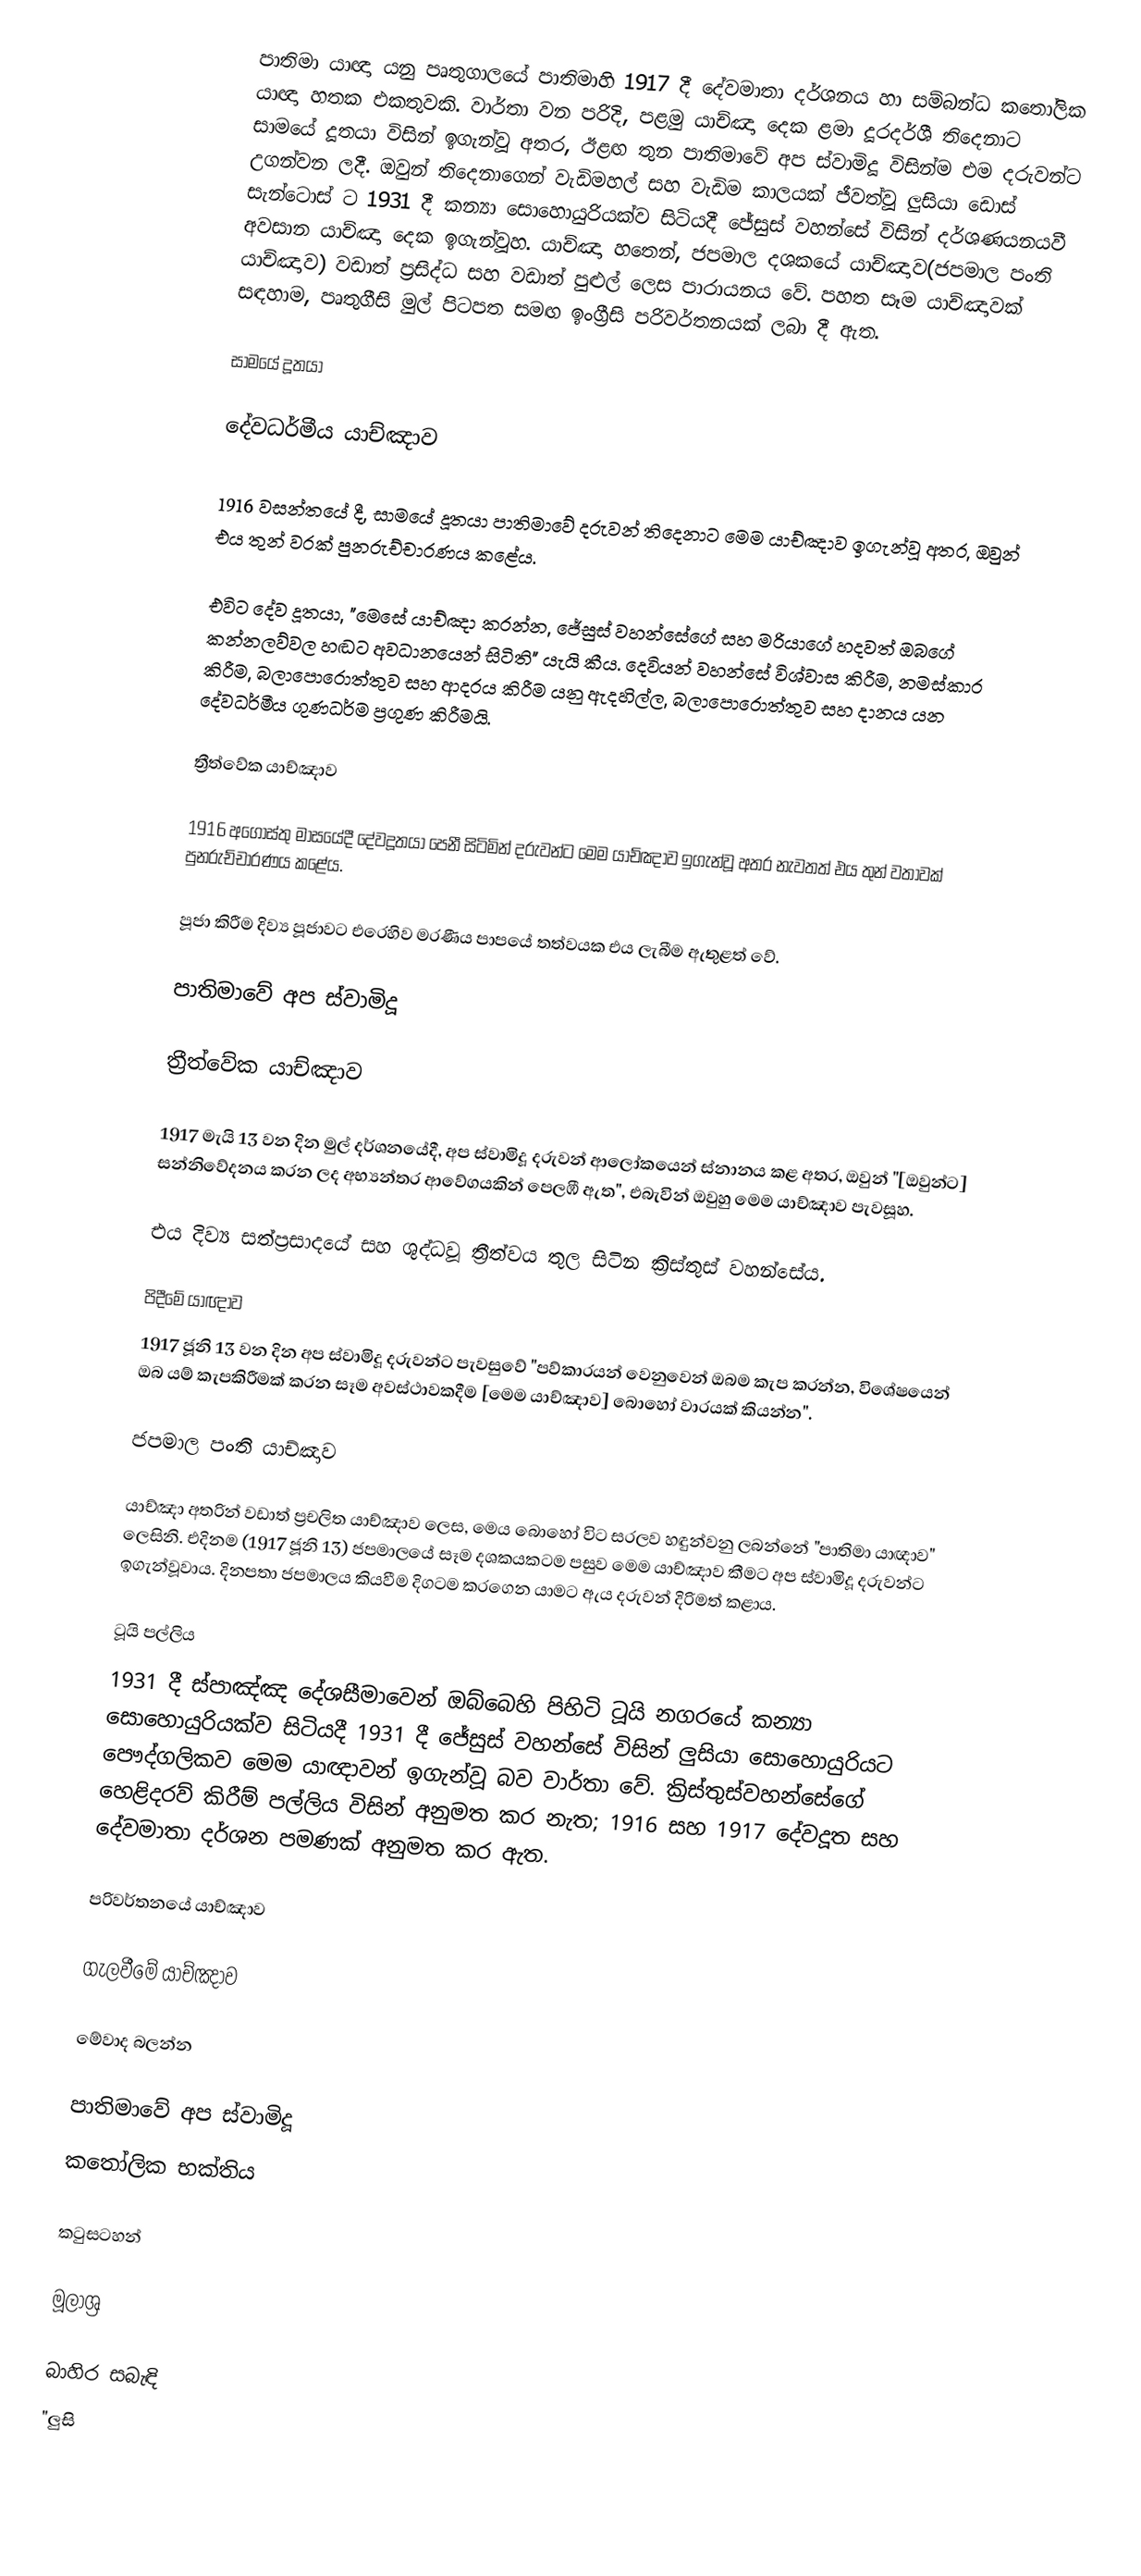
පාතිමා යාඥා යනු පෘතුගාලයේ පාතිමාහි 1917 දී දේවමාතා දර්ශනය හා සම්බන්ධ කතෝලික යාඥා හතක එකතුවකි. වාර්තා වන පරිදි, පළමු යාච්ඤා දෙක ළමා දූරදර්ශී තිදෙනාට සාමයේ දූතයා විසින් ඉගැන්වූ අතර, ඊළඟ තුන පාතිමාවේ අප ස්වාමිදූ විසින්ම එම දරුවන්ට උගන්වන ලදී. ඔවුන් තිදෙනාගෙන් වැඩිමහල් සහ වැඩිම කාලයක් ජීවත්වූ ලුසියා ඩොස් සැන්ටොස් ට 1931 දී කන්‍යා සොහොයුරියක්ව සිටියදී ජේසුස් වහන්සේ විසින් දර්ශණයනයවී අවසාන යාච්ඤා දෙක ඉගැන්වූහ. යාච්ඤා හතෙන්, ජපමාල දශකයේ යාච්ඤාව(ජපමාල පංති යාච්ඤාව) වඩාත් ප්‍රසිද්ධ සහ වඩාත් පුළුල් ලෙස පාරායනය වේ. පහත සෑම යාච්ඤාවක් සඳහාම, පෘතුගීසි මුල් පිටපත සමඟ ඉංග්‍රීසි පරිවර්තනයක් ලබා දී ඇත.

සාමයේ දූතයා

දේවධර්මීය යාච්ඤාව

1916 වසන්තයේ දී, සාමයේ දූතයා පාතිමාවේ දරුවන් තිදෙනාට මෙම යාච්ඤාව ඉගැන්වූ අතර, ඔවුන් එය තුන් වරක් පුනරුච්චාරණය කළේය.

එවිට දේව දූතයා, "මෙසේ යාච්ඤා කරන්න, ජේසුස් වහන්සේගේ සහ මරියාගේ හදවත් ඔබගේ කන්නලව්වල හඬට අවධානයෙන් සිටිති" යැයි කීය. දෙවියන් වහන්සේ විශ්වාස කිරීම, නමස්කාර කිරීම, බලාපොරොත්තුව සහ ආදරය කිරීම යනු ඇදහිල්ල, බලාපොරොත්තුව සහ දානය යන දේවධර්මීය ගුණධර්ම ප්‍රගුණ කිරීමයි.

ත්‍රීත්වේක යාච්ඤාව

1916 අගෝස්තු මාසයේදී දේවදූතයා පෙනී සිටිමින් දරුවන්ට මෙම යාච්ඤාව ඉගැන්වූ අතර නැවතත් එය තුන් වතාවක් පුනරුච්චාරණය කළේය.

පූජා කිරීම දිව්‍ය පූජාවට එරෙහිව මරණීය පාපයේ තත්වයක එය ලැබීම ඇතුළත් වේ.

පාතිමාවේ අප ස්වාමිදූ

ත්‍රීත්වේක යාච්ඤාව

1917 මැයි 13 වන දින මුල් දර්ශනයේදී, අප ස්වාමිදූ දරුවන් ආලෝකයෙන් ස්නානය කළ අතර, ඔවුන් "[ඔවුන්ට] සන්නිවේදනය කරන ලද අභ්‍යන්තර ආවේගයකින් පෙලඹී ඇත", එබැවින් ඔවුහු මෙම යාච්ඤාව පැවසූහ.

එය දිව්‍ය සත්ප්‍රසාදයේ සහ ශුද්ධවූ ත්‍රීත්වය තුල සිටින ක්‍රිස්තුස් වහන්සේය.

පිදීමේ යාඥාව
1917 ජූනි 13 වන දින අප ස්වාමිදූ දරුවන්ට පැවසුවේ "පව්කාරයන් වෙනුවෙන් ඔබම කැප කරන්න, විශේෂයෙන් ඔබ යම් කැපකිරීමක් කරන සෑම අවස්ථාවකදීම [මෙම යාච්ඤාව] බොහෝ වාරයක් කියන්න".

ජපමාල පංති යාච්ඤාව

යාච්ඤා අතරින් වඩාත් ප්‍රචලිත යාච්ඤාව ලෙස, මෙය බොහෝ විට සරලව හඳුන්වනු ලබන්නේ "පාතිමා යාඥාව" ලෙසිනි. එදිනම (1917 ජූනි 13) ජපමාලයේ සෑම දශකයකටම පසුව මෙම යාච්ඤාව කීමට අප ස්වාමිදූ දරුවන්ට ඉගැන්වූවාය. දිනපතා ජපමාලය කියවීම දිගටම කරගෙන යාමට ඇය දරුවන් දිරිමත් කළාය.

ටූයි පල්ලිය
1931 දී ස්පාඤ්ඤ දේශසීමාවෙන් ඔබ්බෙහි පිහිටි ටූයි නගරයේ කන්‍යා සොහොයුරියක්ව සිටියදී 1931 දී ජේසුස් වහන්සේ විසින් ලුසියා සොහොයුරියට පෞද්ගලිකව මෙම යාඥාවන් ඉගැන්වූ බව වාර්තා වේ. ක්‍රිස්තුස්වහන්සේගේ හෙළිදරව් කිරීම් පල්ලිය විසින් අනුමත කර නැත; 1916 සහ 1917 දේවදූත සහ දේවමාතා දර්ශන පමණක් අනුමත කර ඇත.

පරිවර්තනයේ යාච්ඤාව

ගැලවීමේ යාච්ඤාව

මේවාද බලන්න

 පාතිමාවේ අප ස්වාමිදූ
 කතෝලික භක්තිය

කටුසටහන්

මූලාශ්‍ර

බාහිර සබැඳි
 "ලුසි